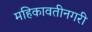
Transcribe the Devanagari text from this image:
महिकावतीनगरी